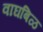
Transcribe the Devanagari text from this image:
वाघबिळ